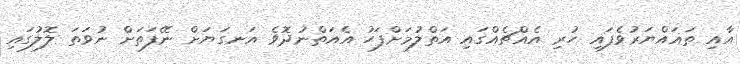
އާއި ތަޣައްޔަރުވެފައި ހުރި އެއްޗެއްގައި އަތްލުމަށްފަހު އެއަތްނުދޮވެ އަނގަޔަށް ނޭފަތަށް ނުވަތަ ލޮލުގައި